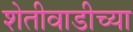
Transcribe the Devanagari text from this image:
शेतीवाडीच्या